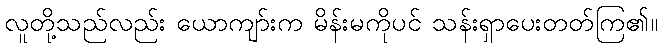
လူတို့သည်လည်း ယောကျာ်းက မိန်းမကိုပင် သန်းရှာပေးတတ်ကြ၏။